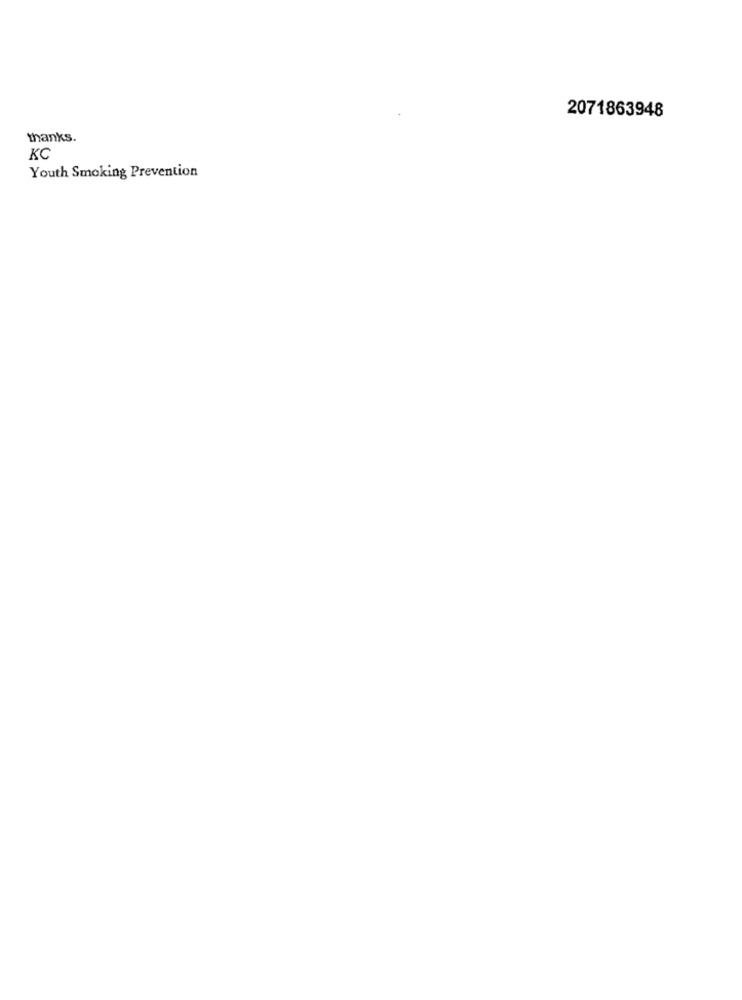
2071863948
thanks.
KC
Youth Smoking Prevention